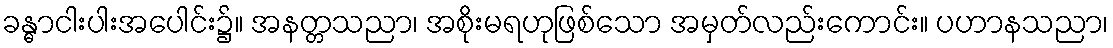
ခန္ဓာငါးပါးအပေါင်း၌။ အနတ္တသညာ၊ အစိုးမရဟုဖြစ်သော အမှတ်လည်းကောင်း။ ပဟာနသညာ၊